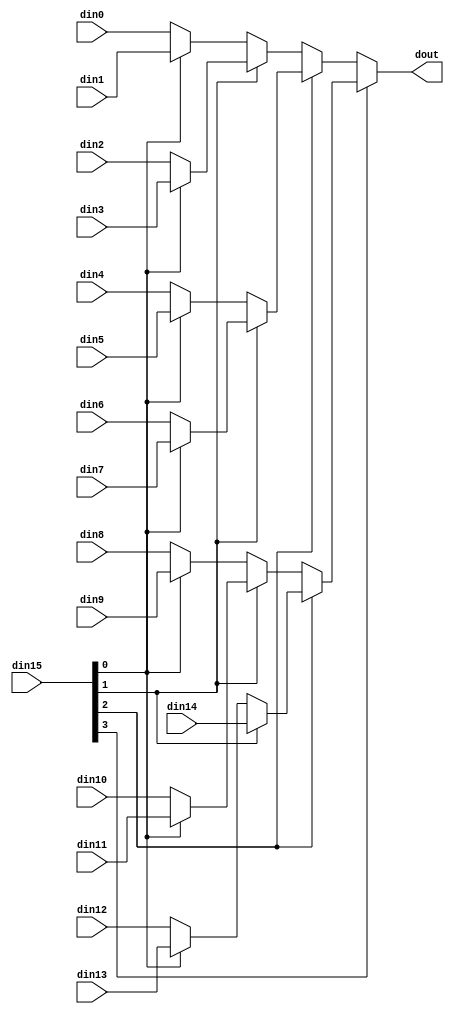
// ==============================================================
// Vitis HLS - High-Level Synthesis from C, C++ and OpenCL v2022.2 (64-bit)
// Tool Version Limit: 2019.12
// Copyright 1986-2022 Xilinx, Inc. All Rights Reserved.
// ==============================================================

`timescale 1ns/1ps

module MVAU_hls_0_mux_154_40_1_1 #(
parameter
    ID                = 0,
    NUM_STAGE         = 1,
    din0_WIDTH       = 32,
    din1_WIDTH       = 32,
    din2_WIDTH       = 32,
    din3_WIDTH       = 32,
    din4_WIDTH       = 32,
    din5_WIDTH       = 32,
    din6_WIDTH       = 32,
    din7_WIDTH       = 32,
    din8_WIDTH       = 32,
    din9_WIDTH       = 32,
    din10_WIDTH       = 32,
    din11_WIDTH       = 32,
    din12_WIDTH       = 32,
    din13_WIDTH       = 32,
    din14_WIDTH       = 32,
    din15_WIDTH         = 32,
    dout_WIDTH            = 32
)(
    input  [39 : 0]     din0,
    input  [39 : 0]     din1,
    input  [39 : 0]     din2,
    input  [39 : 0]     din3,
    input  [39 : 0]     din4,
    input  [39 : 0]     din5,
    input  [39 : 0]     din6,
    input  [39 : 0]     din7,
    input  [39 : 0]     din8,
    input  [39 : 0]     din9,
    input  [39 : 0]     din10,
    input  [39 : 0]     din11,
    input  [39 : 0]     din12,
    input  [39 : 0]     din13,
    input  [39 : 0]     din14,
    input  [3 : 0]    din15,
    output [39 : 0]   dout);

// puts internal signals
wire [3 : 0]     sel;
// level 1 signals
wire [39 : 0]         mux_1_0;
wire [39 : 0]         mux_1_1;
wire [39 : 0]         mux_1_2;
wire [39 : 0]         mux_1_3;
wire [39 : 0]         mux_1_4;
wire [39 : 0]         mux_1_5;
wire [39 : 0]         mux_1_6;
wire [39 : 0]         mux_1_7;
// level 2 signals
wire [39 : 0]         mux_2_0;
wire [39 : 0]         mux_2_1;
wire [39 : 0]         mux_2_2;
wire [39 : 0]         mux_2_3;
// level 3 signals
wire [39 : 0]         mux_3_0;
wire [39 : 0]         mux_3_1;
// level 4 signals
wire [39 : 0]         mux_4_0;

assign sel = din15;

// Generate level 1 logic
assign mux_1_0 = (sel[0] == 0)? din0 : din1;
assign mux_1_1 = (sel[0] == 0)? din2 : din3;
assign mux_1_2 = (sel[0] == 0)? din4 : din5;
assign mux_1_3 = (sel[0] == 0)? din6 : din7;
assign mux_1_4 = (sel[0] == 0)? din8 : din9;
assign mux_1_5 = (sel[0] == 0)? din10 : din11;
assign mux_1_6 = (sel[0] == 0)? din12 : din13;
assign mux_1_7 = din14;

// Generate level 2 logic
assign mux_2_0 = (sel[1] == 0)? mux_1_0 : mux_1_1;
assign mux_2_1 = (sel[1] == 0)? mux_1_2 : mux_1_3;
assign mux_2_2 = (sel[1] == 0)? mux_1_4 : mux_1_5;
assign mux_2_3 = (sel[1] == 0)? mux_1_6 : mux_1_7;

// Generate level 3 logic
assign mux_3_0 = (sel[2] == 0)? mux_2_0 : mux_2_1;
assign mux_3_1 = (sel[2] == 0)? mux_2_2 : mux_2_3;

// Generate level 4 logic
assign mux_4_0 = (sel[3] == 0)? mux_3_0 : mux_3_1;

// output logic
assign dout = mux_4_0;

endmodule